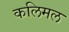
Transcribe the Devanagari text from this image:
कलिमल